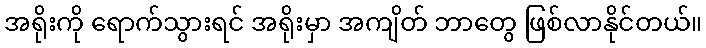
အရိုးကို ရောက်သွားရင် အရိုးမှာ အကျိတ် ဘာတွေ ဖြစ်လာနိုင်တယ်။